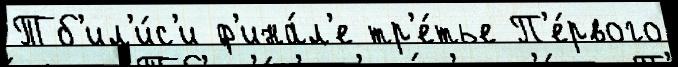
Тб'ил'и́с'и ф'ина́л'е тр'е́тье П'е́рвого